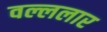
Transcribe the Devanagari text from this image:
वल्ललार